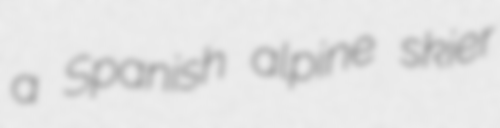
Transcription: a Spanish alpine skier